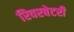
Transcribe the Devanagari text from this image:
रिवरबेटरी